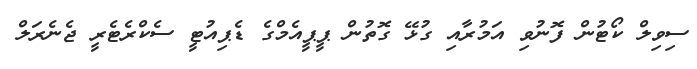
ސިވިލް ކޯޓުން ފޮނުވި އަމުރާއި ގުޅޭ ގޮތުން ޕީޕީއެމްގެ ޑެޕިއުޓީ ސެކްރެޓެރީ ޖެނެރަލް